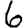
Digit: 6